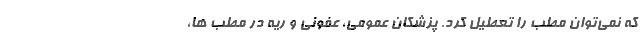
که نمی‌توان مطب را تعطیل کرد. پزشکان عمومی، عفونی و ریه در مطب ها،